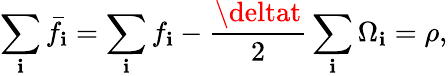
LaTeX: \sum_{\mathbf{i}}\bar{{f}}_{\mathbf{i}}=\sum_{\mathbf{i}}f_{\mathbf{i}}-\frac{{\deltat}}{{2}}\sum_{\mathbf{i}}\Omega_{\mathbf{i}}=\rho,